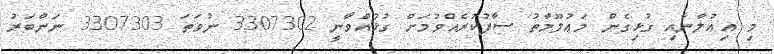
މި އިޢުލާނާއި ގުޅިގެން މަޢުލޫމާތު ސާފުކުރެއްވުމަށް ގުޅުއްވާނީ 3307302 ނުވަތަ 3307303 ނަންބަރު